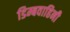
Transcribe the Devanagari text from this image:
डिम्बवाहिनी